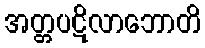
အတ္တပဋိလာဘောတိ